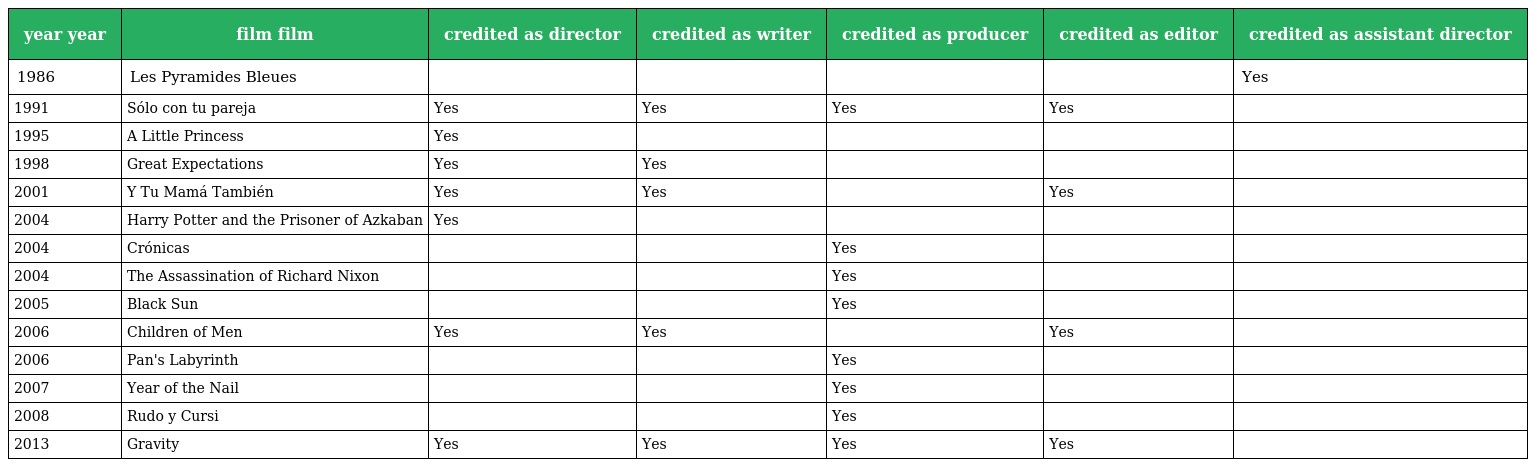
| year year | film film | credited as director | credited as writer | credited as producer | credited as editor | credited as assistant director |
 | --- | --- | --- | --- | --- | --- | --- |
 | 1986 | Les Pyramides Bleues |  |  |  |  | Yes |
 | 1991 | Sólo con tu pareja | Yes | Yes | Yes | Yes |  |
 | 1995 | A Little Princess | Yes |  |  |  |  |
 | 1998 | Great Expectations | Yes | Yes |  |  |  |
 | 2001 | Y Tu Mamá También | Yes | Yes |  | Yes |  |
 | 2004 | Harry Potter and the Prisoner of Azkaban | Yes |  |  |  |  |
 | 2004 | Crónicas |  |  | Yes |  |  |
 | 2004 | The Assassination of Richard Nixon |  |  | Yes |  |  |
 | 2005 | Black Sun |  |  | Yes |  |  |
 | 2006 | Children of Men | Yes | Yes |  | Yes |  |
 | 2006 | Pan's Labyrinth |  |  | Yes |  |  |
 | 2007 | Year of the Nail |  |  | Yes |  |  |
 | 2008 | Rudo y Cursi |  |  | Yes |  |  |
 | 2013 | Gravity | Yes | Yes | Yes | Yes |  |